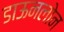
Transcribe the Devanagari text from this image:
डाऊनलोन